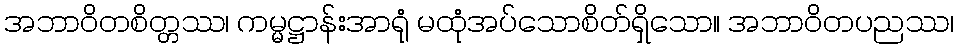
အဘာဝိတစိတ္တဿ၊ ကမ္မဋ္ဌာန်းအာရုံ မထုံအပ်သောစိတ်ရှိသော။ အဘာဝိတပညဿ၊